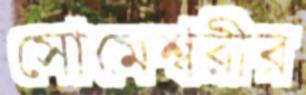
সোমেশ্বরীর